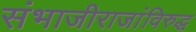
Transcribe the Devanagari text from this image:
संभाजीराजांविरुद्ध